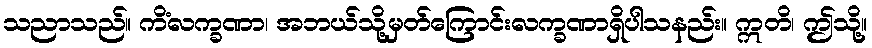
သညာသည်။ ကိံလက္ခဏာ၊ အဘယ်သို့မှတ်ကြောင်းလက္ခဏာရှိပါသနည်း။ ဣတိ၊ ဤသို့။